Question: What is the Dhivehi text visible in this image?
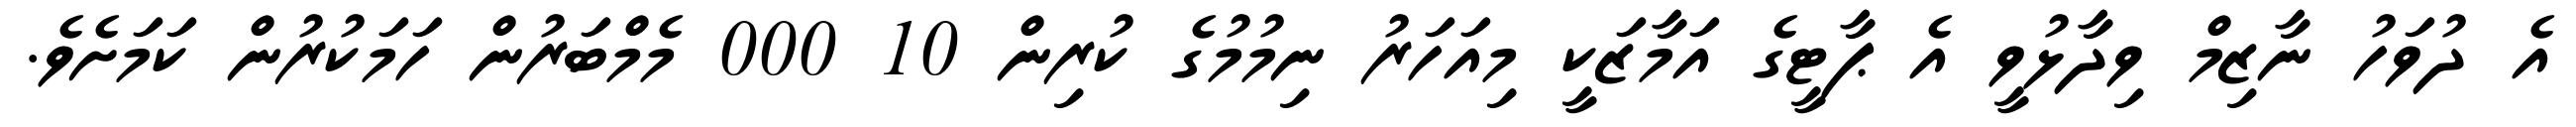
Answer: އެ ދުވަހު ނާޒިމް ވިދާޅުވީ އެ ޕާޓީގެ އަމާޒަކީ މިއަހަރު ނިމުމުގެ ކުރިން 10 000 މެމްބަރުން ހަމަކުރުން ކަމަށެވެ.